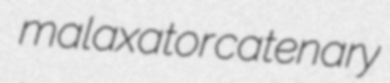
malaxator catenary